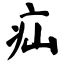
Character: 疝